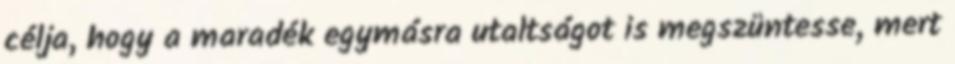
célja, hogy a maradék egymásra utaltságot is megszüntesse, mert